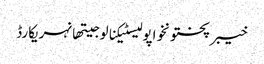
خیبرپختونخواپولیسٹیکنالوجیتھانہریکارڈ